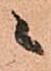
ニ